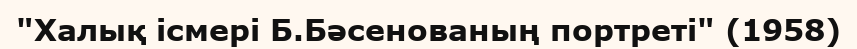
"Халық ісмері Б.Бәсенованың портреті" (1958)